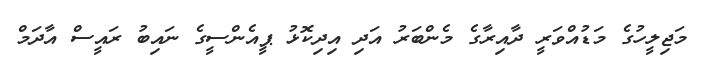
މަޖިލީހުގެ މަޑުއްވަރީ ދާއިރާގެ މެންބަރު އަދި އިދިކޮޅު ޕީއެންސީގެ ނައިބު ރައީސް އާދަމް